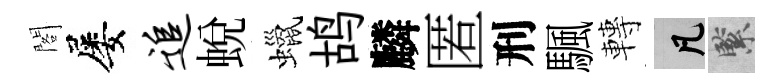
閣屡追蛻蠟鸪麟匿刑颿轉凡緊